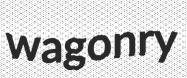
wagonry